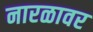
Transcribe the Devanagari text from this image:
नारळावर